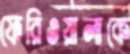
ফেরিওয়ালাকে